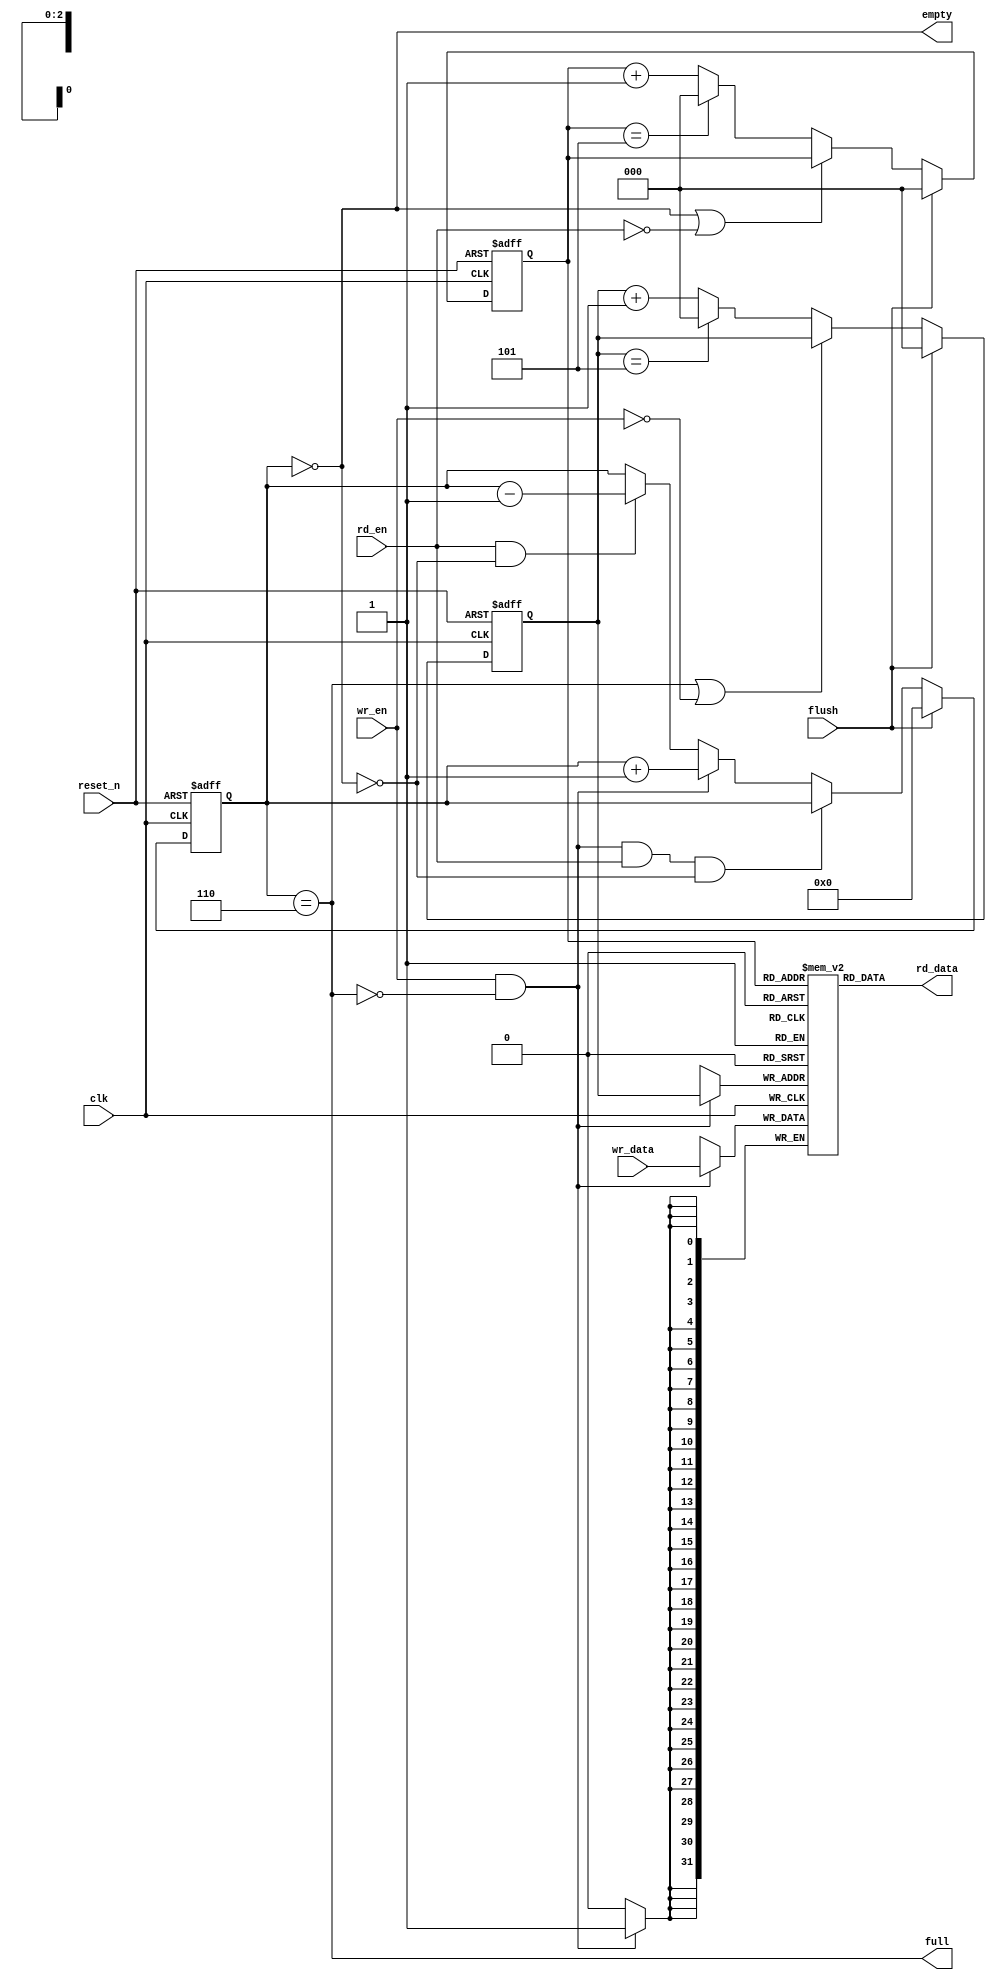
module Fifo(input wire clk,
            input wire reset_n,
            input wire flush,
            // Write port
            input wire wr_en,
            input wire [data_width-1:0] wr_data,
            // Read port
            input wire rd_en,
            output wire [data_width-1:0] rd_data,
            output wire empty,
            output wire full);

parameter data_width = 32;
parameter depth = 6;
localparam ptr_bits = $clog2(depth);

reg [data_width-1:0] mem[depth-1:0];
reg [ptr_bits-1:0] rd_ptr;
reg [ptr_bits-1:0] wr_ptr;
reg [ptr_bits:0] count;

assign empty = count == 0;
assign full = count == depth;
assign rd_data = mem[rd_ptr];

wire [ptr_bits-1:0] next_wr_ptr = flush ? {ptr_bits{1'b0}} :
    full || !wr_en ? wr_ptr :
    wr_ptr == depth[ptr_bits-1:0] - 1'b1 ? {ptr_bits{1'b0}} :
    wr_ptr + 1'b1;
wire [ptr_bits-1:0] next_rd_ptr = flush ? {ptr_bits{1'b0}} :
    empty || !rd_en ? rd_ptr :
    rd_ptr == depth[ptr_bits-1:0] - 1'b1 ? {ptr_bits{1'b0}} :
    rd_ptr + 1'b1;
wire [ptr_bits:0] next_count = flush ? {ptr_bits + 1{1'b0}} :
    wr_en && !full && rd_en && !empty ? count :
    wr_en && !full ? count + 1'b1 :
    rd_en && !empty ? count - 1'b1 :
    count;

always @(posedge clk)
    if (wr_en && !full)
        mem[wr_ptr] <= wr_data;

always @(posedge clk or negedge reset_n)
    if (!reset_n)
        wr_ptr <= {ptr_bits{1'b0}};
    else
        wr_ptr <= next_wr_ptr;

always @(posedge clk or negedge reset_n)
    if (!reset_n)
        rd_ptr <= {ptr_bits{1'b0}};
    else
        rd_ptr <= next_rd_ptr;

always @(posedge clk or negedge reset_n)
    if (!reset_n)
        count <= {ptr_bits + 1{1'b0}};
    else
        count <= next_count;

endmodule